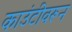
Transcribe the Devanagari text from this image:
काउंटीवरून